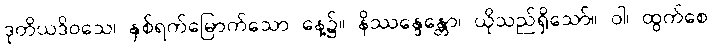
ဒုတိယဒိဝသေ၊ နှစ်ရက်မြောက်သော နေ့၌။ နိဿန္ဒေန္တော၊ ယိုသည်ရှိသော်။ ဝါ၊ ထွက်စေ